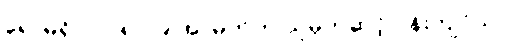
ရောမရှိ ၂၀၁၈/၁၉ အာမက်က သူမှတဆင့် ဝန်းကျင်သာ